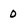
Character: 0